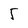
Character: 5